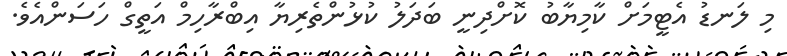
މި ލަނޑު އެޓީމަށް ކާމިޔާބު ކޮށްދިނީ ބަދަލު ކުޅުންތެރިޔާ އިބްރާހިމް އަތީގް ހަސަންއެވެ.